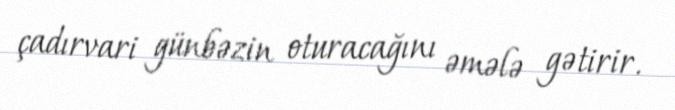
çadırvari günbəzin oturacağını əmələ gətirir.